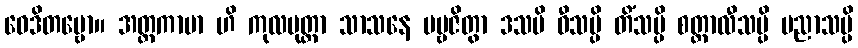
ဝေဒိတဗ္ဗော။ အတ္တကာမာ ဟိ ကုလပုတ္တာ သာသနေ ပဗ္ဗဇိတွာ ဒသပိ ဝီသမ္ပိ တိံသမ္ပိ စတ္တာလီသမ္ပိ ပညာသမ္ပိ